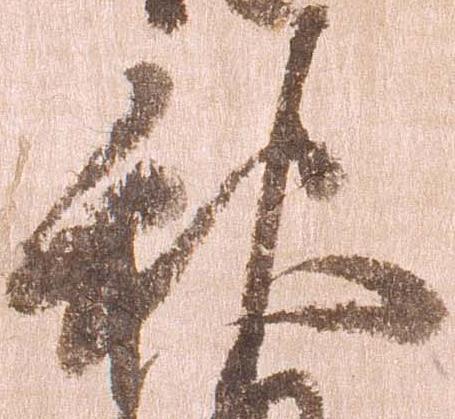
秋